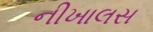
નીખાલસ